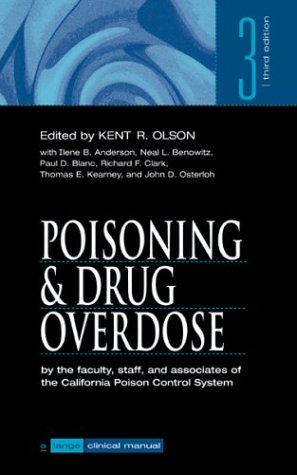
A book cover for Poisoning & Drug Overdose (Lange Clinical Manual); Kent R. Olson; Medical Books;